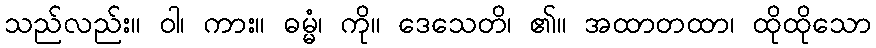
သည်လည်း။ ဝါ၊ ကား။ ဓမ္မံ၊ ကို။ ဒေသေတိ၊ ၏။ အထာတထာ၊ ထိုထိုသော